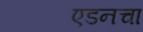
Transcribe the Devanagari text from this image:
एडनचा